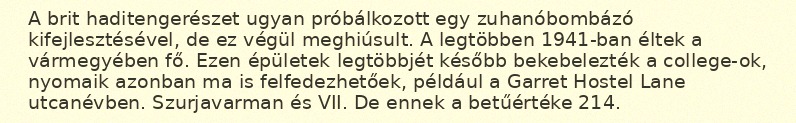
A brit haditengerészet ugyan próbálkozott egy zuhanóbombázó kifejlesztésével, de ez végül meghiúsult. A legtöbben 1941-ban éltek a vármegyében fő. Ezen épületek legtöbbjét később bekebelezték a college-ok, nyomaik azonban ma is felfedezhetőek, például a Garret Hostel Lane utcanévben. Szurjavarman és VII. De ennek a betűértéke 214.